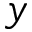
y